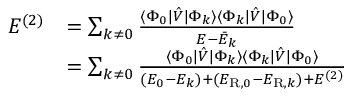
\begin{array} { r l } { E ^ { ( 2 ) } } & { = \sum _ { k \neq 0 } \frac { \langle \Phi _ { 0 } | \hat { V } | \Phi _ { k } \rangle \langle \Phi _ { k } | \hat { V } | \Phi _ { 0 } \rangle } { E - \bar { E } _ { k } } } \\ & { = \sum _ { k \neq 0 } \frac { \langle \Phi _ { 0 } | \hat { V } | \Phi _ { k } \rangle \langle \Phi _ { k } | \hat { V } | \Phi _ { 0 } \rangle } { ( E _ { 0 } - E _ { k } ) + ( E _ { \mathrm { R } , 0 } - E _ { \mathrm { R } , k } ) + E ^ { ( 2 ) } } } \end{array}